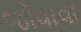
જોવાવા